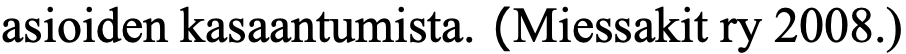
asioiden kasaantumista. (Miessakit ry 2008.)